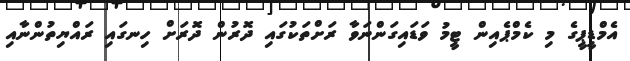
އެމްޑީޕީގެ މި ކެމްޕެއިން ޓީމު ވަޑައިގަންނަވާ ރަށްތަކުގައި ދޮރުން ދޮރަށް ހިނގައި ރައްޔިތުންނާއި